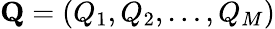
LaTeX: \mathbf{Q}=(Q_{1},Q_{2},\ldots,Q_{M})